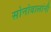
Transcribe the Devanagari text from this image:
सोनोवालांनी